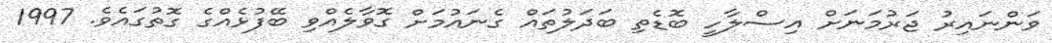
ވަންނައިރު ޖަރުމަނަށް އިސްލާހީ ބޮޑެތި ބަދަލުތައް ގެނައުމަށް ގޮވާލެއްވި ބޭފުޅެއްގެ ގޮތުގައެވެ. 1997